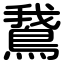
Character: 鵞